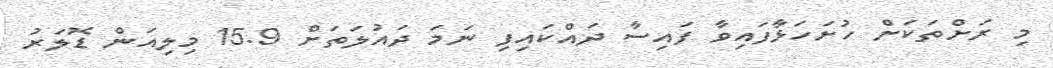
މި ރަށްތަކަށް ހުށަހަޅާފައިވާ ފައިސާ ދައްކައިފި ނަމަ ދައުލަތަށް 15.9 މިލިއަން ޑޮލަރު